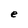
Character: e